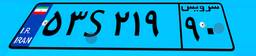
۱۵S۳۷۸۱۴